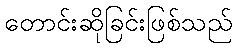
တောင်းဆိုခြင်းဖြစ်သည်